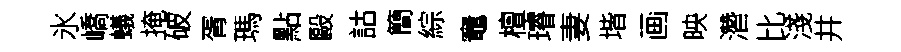
氷嶠蟻掩破胥瑪點毆詁簡綜竈檀璿妻堦画映濳比淺井